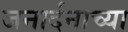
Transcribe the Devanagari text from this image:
जनार्दनाच्या